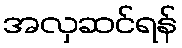
အလှဆင်ရန်